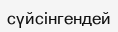
сүйсінгендей